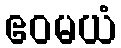
ဧဝမယံ